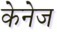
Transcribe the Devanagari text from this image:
केनेज